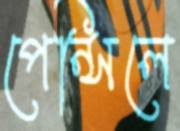
পেন্সিলে